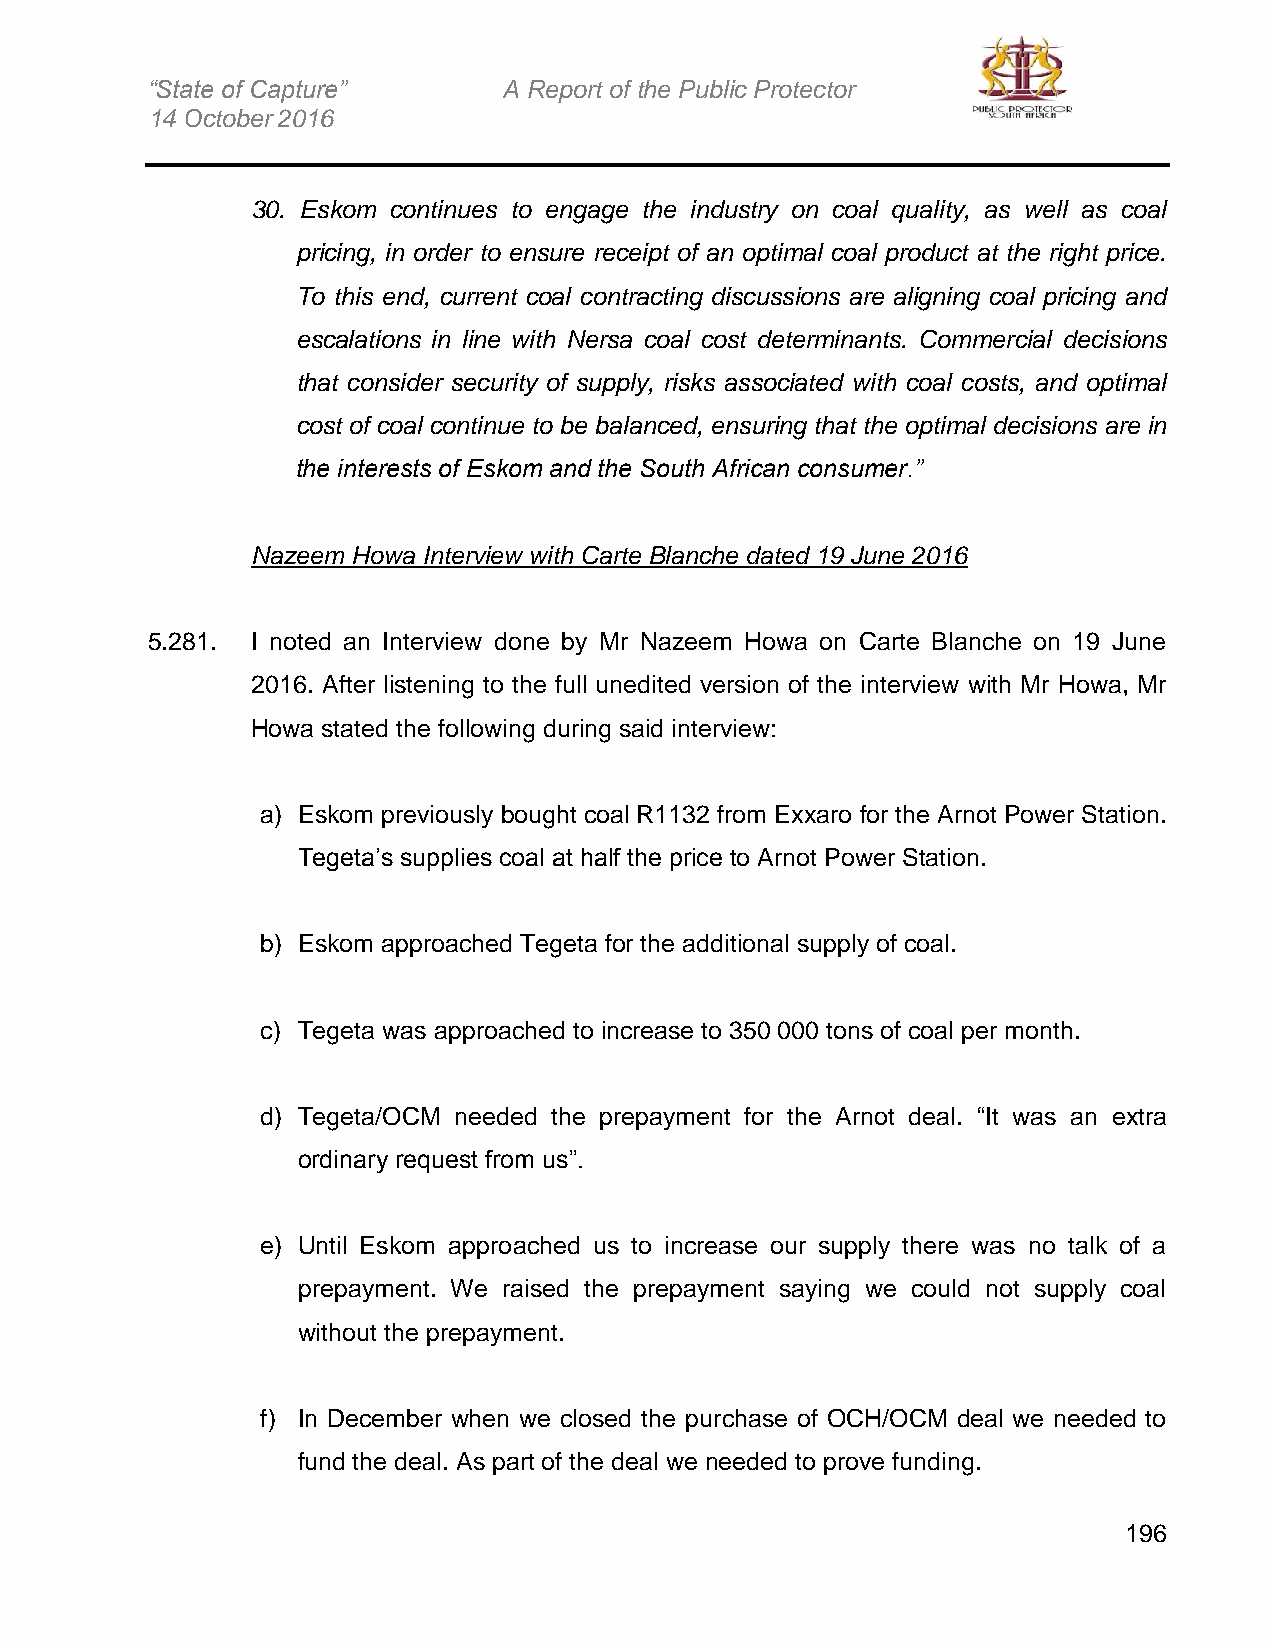
“State of Capture”     A Report of the Public Protector
 14 October 2016
 30. Eskom continues to engage the industry on coal quality, as well as coal
 pricing, in order to ensure receipt of an optimal coal product at the right price.
 To this end, current coal contracting discussions are aligning coal pricing and
 escalations in line with Nersa coal cost determinants. Commercial decisions
 that consider security of supply, risks associated with coal costs, and optimal
 cost of coal continue to be balanced, ensuring that the optimal decisions are in
 the interests of Eskom and the South African consumer.”
 Nazeem Howa Interview with Carte Blanche dated 19 June 2016
 5.281. I noted an Interview done by Mr Nazeem Howa on Carte Blanche on 19 June
 2016. After listening to the full unedited version of the interview with Mr Howa, Mr
 Howa stated the following during said interview:
 a) Eskom previously bought coal R1132 from Exxaro for the Arnot Power Station.
 Tegeta’s supplies coal at half the price to Arnot Power Station.
 b) Eskom approached Tegeta for the additional supply of coal.
 c) Tegeta was approached to increase to 350 000 tons of coal per month.
 d) Tegeta/OCM needed the prepayment for the Arnot deal. “It was an extra
 ordinary request from us”.
 e) Until Eskom approached us to increase our supply there was no talk of a
 prepayment. We raised the prepayment saying we could not supply coal
 without the prepayment.
 f) In December when we closed the purchase of OCH/OCM deal we needed to
 fund the deal. As part of the deal we needed to prove funding.
 196